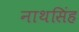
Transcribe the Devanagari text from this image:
नाथसिंह